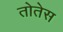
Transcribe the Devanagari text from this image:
तोतेस